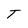
Character: T